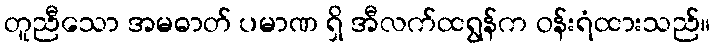
တူညီသော အမဓာတ် ပမာဏ ရှိ အီလက်ထရွန်က ဝန်းရံထားသည်။